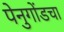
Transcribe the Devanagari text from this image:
पेनुगोंडचा